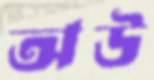
অউ